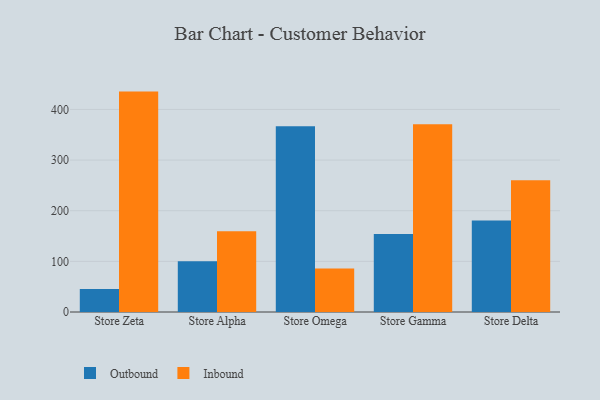
{"axis": {"x": "Store", "y": "Demand Index"}, "legend": ["Inbound", "Outbound"], "data": [{"x": "Store Zeta", "y": 45.2, "type": "Outbound"}, {"x": "Store Zeta", "y": 435.2, "type": "Inbound"}, {"x": "Store Alpha", "y": 100.2, "type": "Outbound"}, {"x": "Store Alpha", "y": 159.4, "type": "Inbound"}, {"x": "Store Omega", "y": 366.8, "type": "Outbound"}, {"x": "Store Omega", "y": 85.8, "type": "Inbound"}, {"x": "Store Gamma", "y": 153.8, "type": "Outbound"}, {"x": "Store Gamma", "y": 370.6, "type": "Inbound"}, {"x": "Store Delta", "y": 180.7, "type": "Outbound"}, {"x": "Store Delta", "y": 260.0, "type": "Inbound"}]}